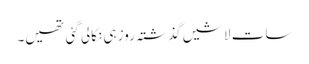
سات لاشیں گذشتہ روز ہی نکالی گئی تھیں۔